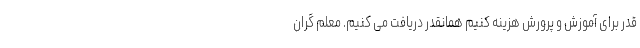
قدر برای آموزش و پرورش هزینه کنیم همانقدر دریافت می کنیم. معلم گران